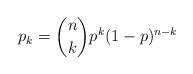
LaTeX: \begin{align*}p_{k}={n\choose k}p^{k}(1-p)^{n-k}\end{align*}